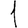
Digit: 1